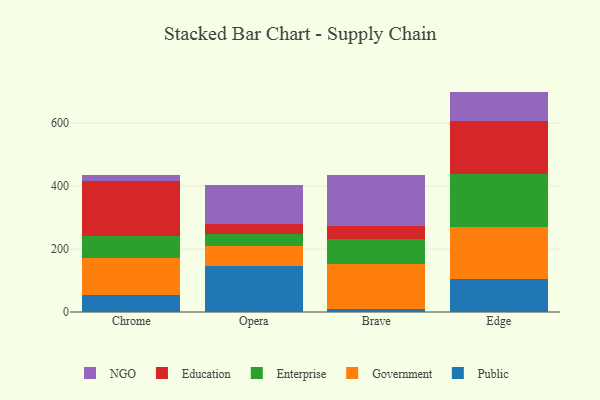
{"axis": {"x": "Browser", "y": "Churn Rate (%)"}, "legend": ["Education", "Enterprise", "Government", "NGO", "Public"], "data": [{"x": "Chrome", "y": 54.2, "type": "Public"}, {"x": "Chrome", "y": 116.2, "type": "Government"}, {"x": "Chrome", "y": 71.0, "type": "Enterprise"}, {"x": "Chrome", "y": 175.9, "type": "Education"}, {"x": "Chrome", "y": 18.4, "type": "NGO"}, {"x": "Opera", "y": 147.1, "type": "Public"}, {"x": "Opera", "y": 62.7, "type": "Government"}, {"x": "Opera", "y": 37.4, "type": "Enterprise"}, {"x": "Opera", "y": 33.4, "type": "Education"}, {"x": "Opera", "y": 122.8, "type": "NGO"}, {"x": "Brave", "y": 9.7, "type": "Public"}, {"x": "Brave", "y": 142.0, "type": "Government"}, {"x": "Brave", "y": 79.7, "type": "Enterprise"}, {"x": "Brave", "y": 41.7, "type": "Education"}, {"x": "Brave", "y": 160.8, "type": "NGO"}, {"x": "Edge", "y": 104.1, "type": "Public"}, {"x": "Edge", "y": 164.4, "type": "Government"}, {"x": "Edge", "y": 169.5, "type": "Enterprise"}, {"x": "Edge", "y": 167.8, "type": "Education"}, {"x": "Edge", "y": 94.3, "type": "NGO"}]}